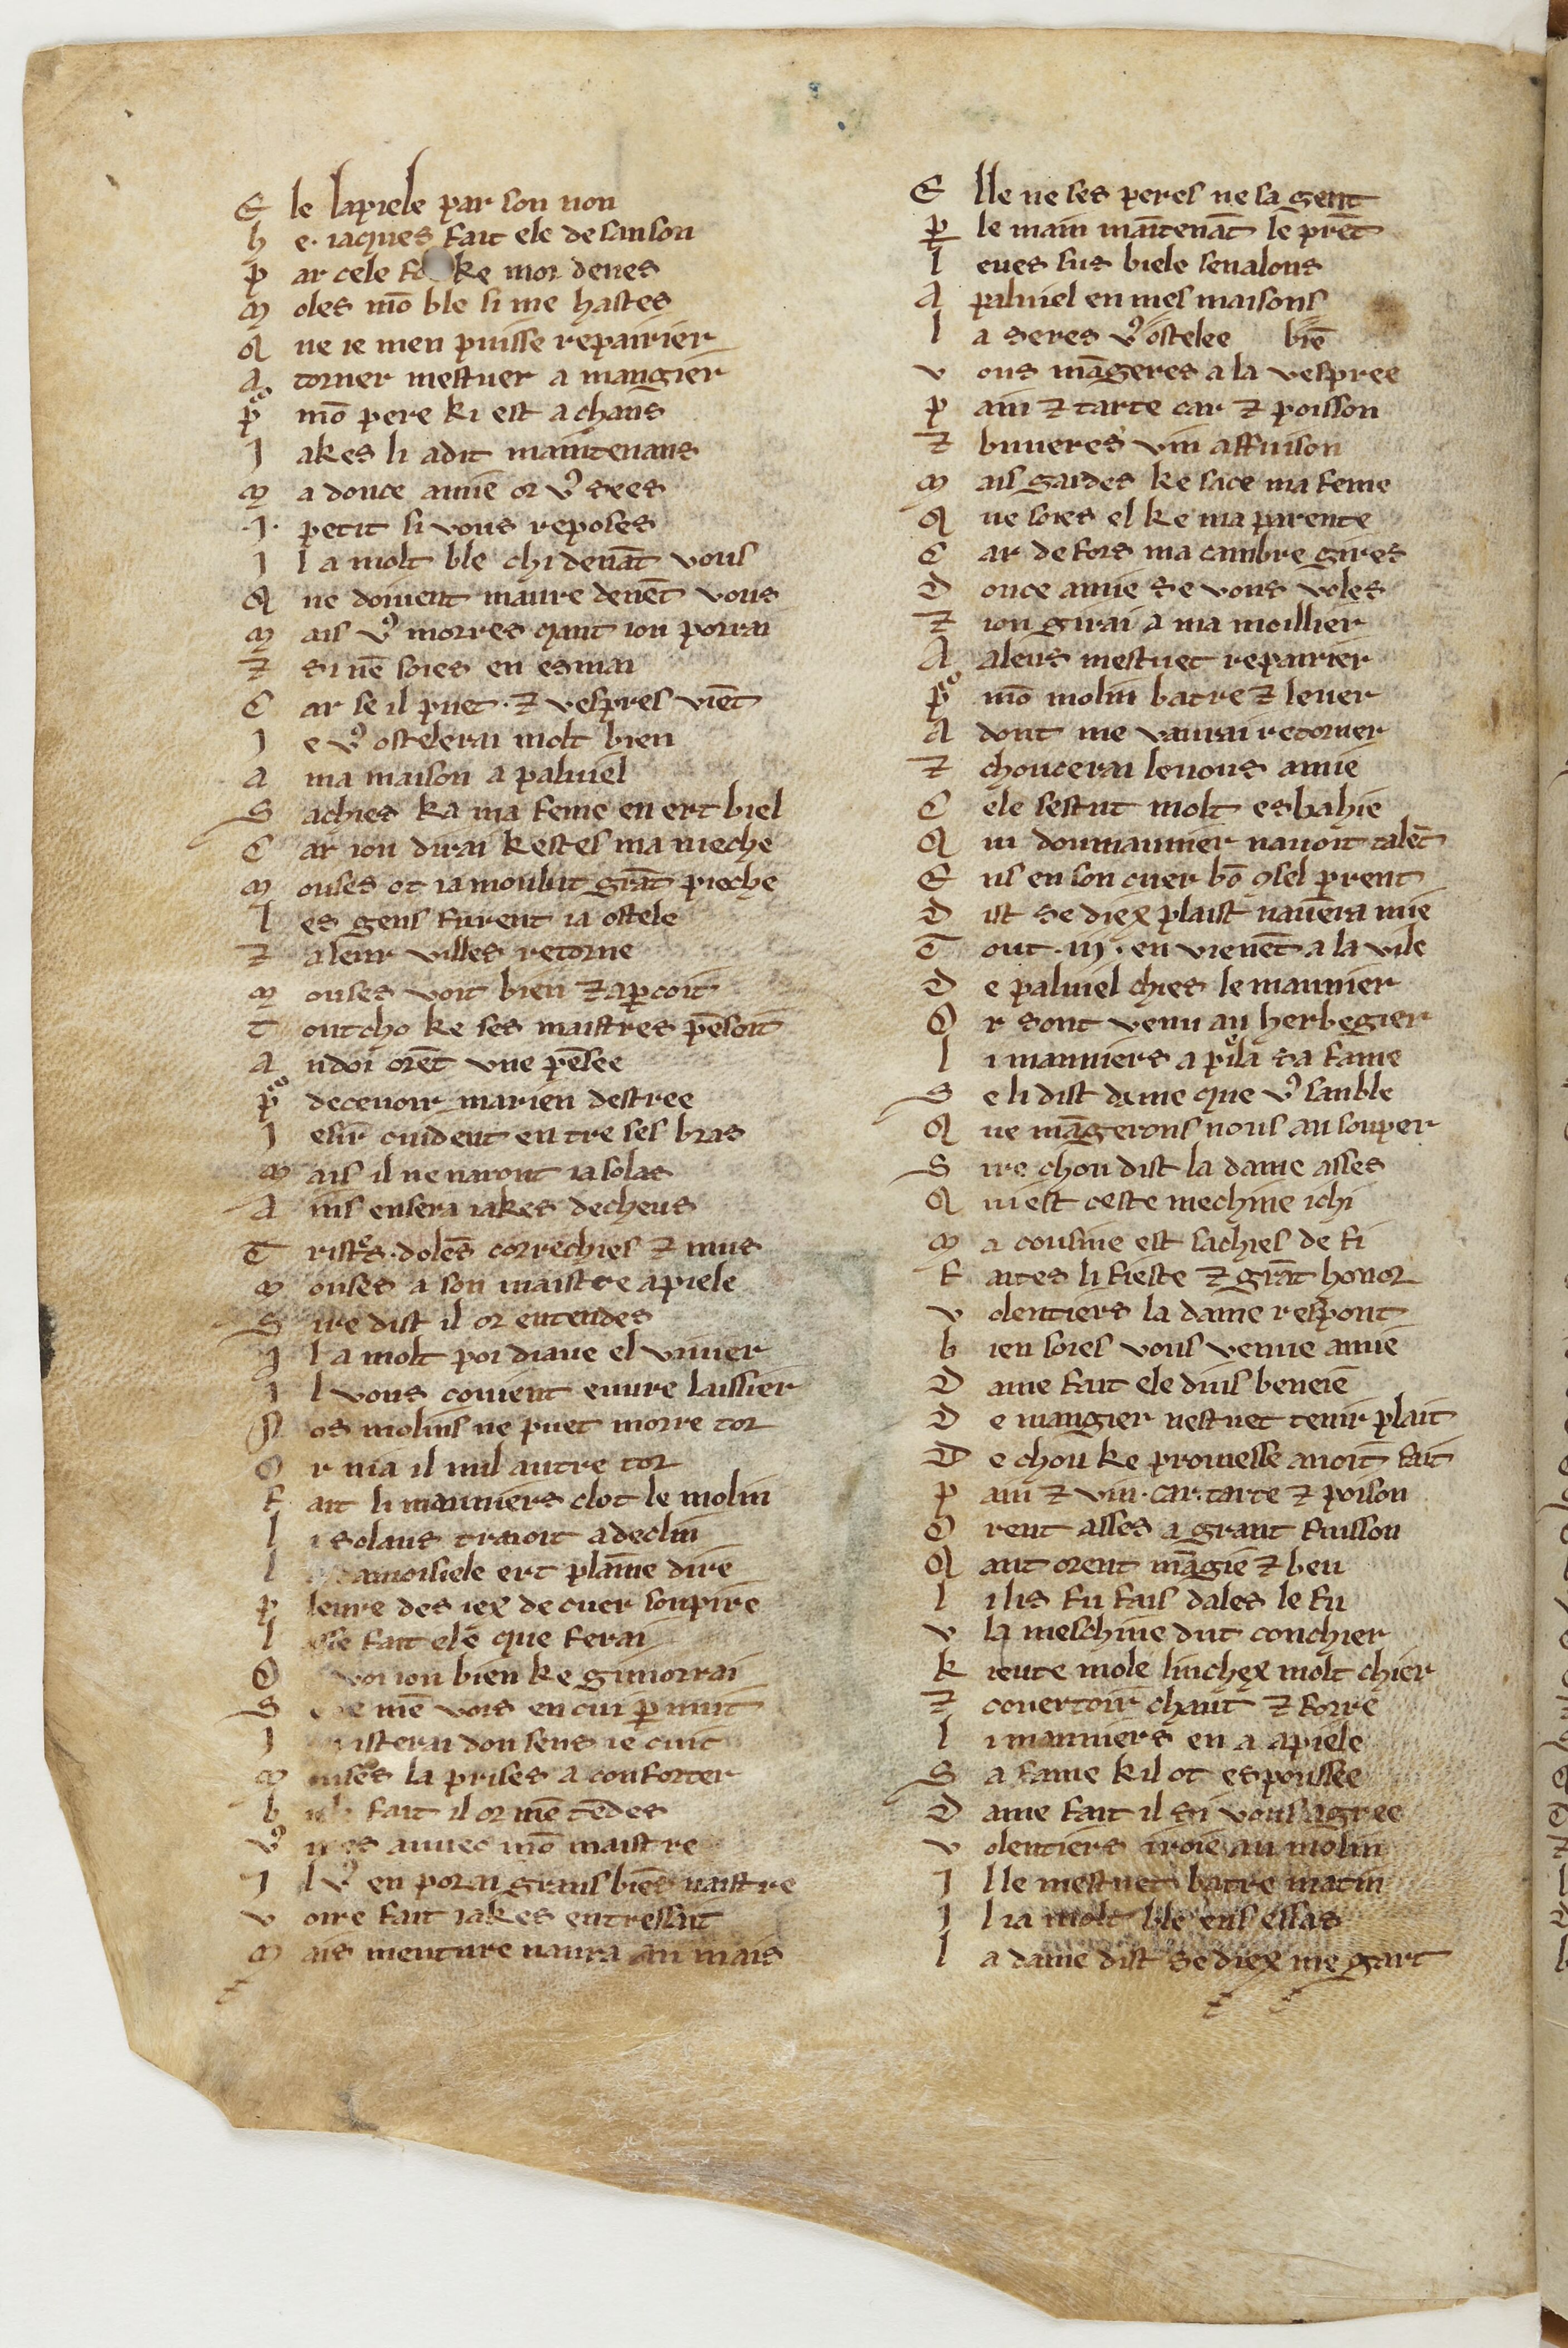
Shelfmark: Paris, BnF, fr. 1553
Century: 13